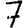
Digit: 7